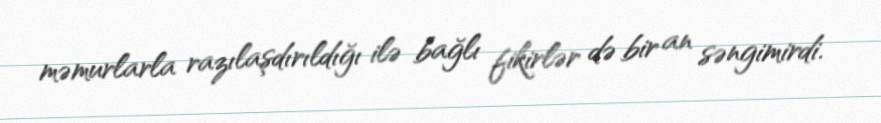
məmurlarla razılaşdırıldığı ilə bağlı fikirlər də bir an səngimirdi.